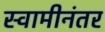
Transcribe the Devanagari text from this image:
स्वामीनंतर